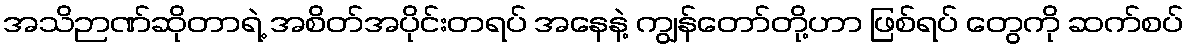
အသိဉာဏ်ဆိုတာရဲ့ အစိတ်အပိုင်းတရပ် အနေနဲ့ ကျွန်တော်တို့ဟာ ဖြစ်ရပ် တွေကို ဆက်စပ်